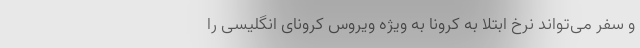
و سفر می‌تواند نرخ ابتلا به کرونا به ویژه ویروس کرونای انگلیسی را